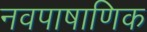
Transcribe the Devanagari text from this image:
नवपाषाणिक